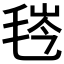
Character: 𬇁